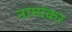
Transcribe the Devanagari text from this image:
नामांकर